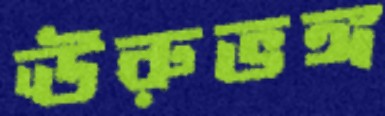
ঊরুভঙ্গ